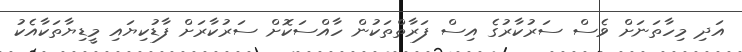
އަދި މިހާތަނަށް ވެސް ސަރުކާރުގެ އިސް ފަރާތްތަކުން ހާއްސަކޮށް ސަރުކާރަށް ފާޑުކިޔައި މީޑިޔާތަކާއެކު